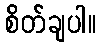
စိတ်ချပါ။